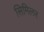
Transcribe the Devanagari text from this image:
सिमिलर